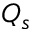
Q _ { s }